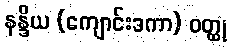
နန္ဒိယ (ကျောင်းဒကာ) ဝတ္ထု